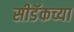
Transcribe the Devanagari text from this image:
सीडॅकच्या